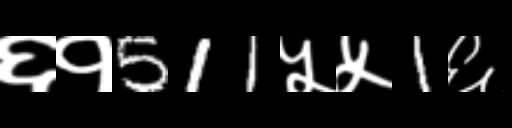
Text: ६१511५५1६